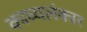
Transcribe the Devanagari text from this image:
काव्यलंकार